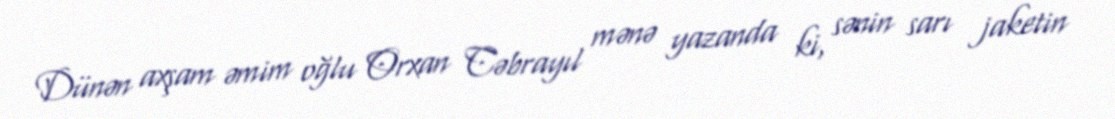
Dünən axşam əmim oğlu Orxan Cəbrayıl mənə yazanda ki, sənin sarı jaketin